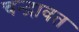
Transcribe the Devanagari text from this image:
चन्द्रावत